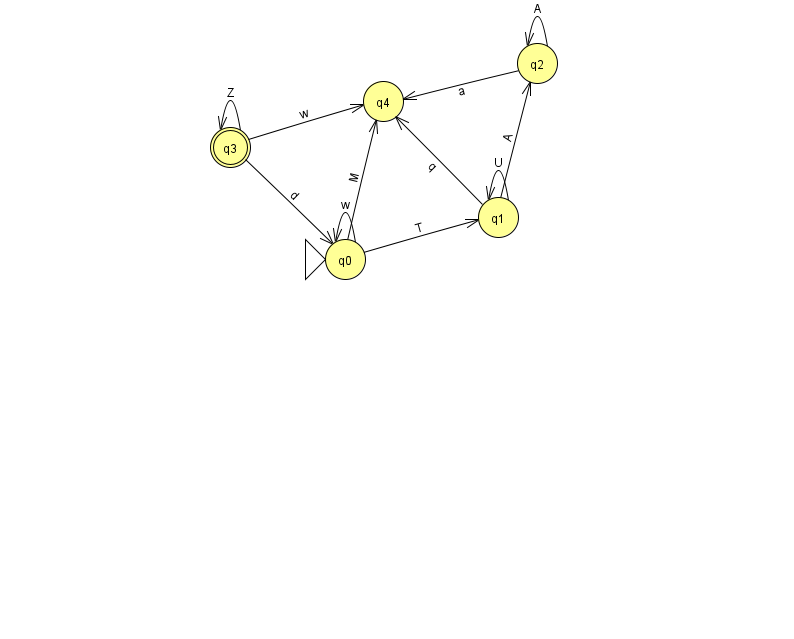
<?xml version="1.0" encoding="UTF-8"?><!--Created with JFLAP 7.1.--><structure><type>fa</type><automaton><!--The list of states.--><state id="0" name="q0"><x>345.0</x><y>246.0</y><initial/></state><state id="1" name="q1"><x>498.0</x><y>204.0</y></state><state id="2" name="q2"><x>537.0</x><y>50.0</y></state><state id="3" name="q3"><x>230.0</x><y>134.0</y><final/></state><state id="4" name="q4"><x>383.0</x><y>88.0</y></state><!--The list of transitions.--><transition><from>2</from><to>2</to><read>A</read></transition><transition><from>1</from><to>2</to><read>A</read></transition><transition><from>2</from><to>4</to><read>a</read></transition><transition><from>1</from><to>1</to><read>U</read></transition><transition><from>0</from><to>1</to><read>T</read></transition><transition><from>0</from><to>0</to><read>w</read></transition><transition><from>1</from><to>4</to><read>q</read></transition><transition><from>0</from><to>4</to><read>M</read></transition><transition><from>3</from><to>0</to><read>d</read></transition><transition><from>3</from><to>3</to><read>Z</read></transition><transition><from>3</from><to>4</to><read>w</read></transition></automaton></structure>